Civil Veterinary Dept. North-West Frontier Province 1901-22 - 1901-1922
Year: 1901
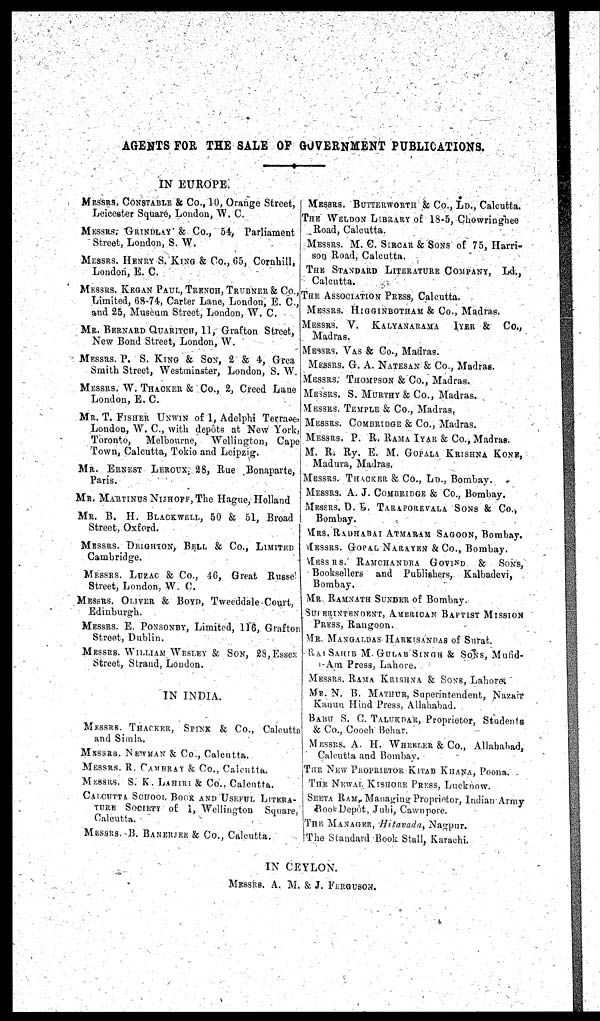
AGENTS FOR THE SALE OP GOVERNMENT PUBLICATIONS.
IN EUROPE.
MESSRS. CONSTABLE & Co., 10, Orange Street,
Leicester Square, London, W. C.
MESSRS. GRINDLAY & Co., 54,
Parliament
Street, London, S. W.
MESSRS. HENRY S. KING & Co., 65, Cornhill,
London, E. C.
MESSRS. KEGAN PAUL, TRENCH, TRUBNER & Co.,
Limited, 68-74, Carter Lane, London, E. C.,
and 25, Museum Street, London, W. C.
MR. BERNARD QUARITCH, 11, Grafton Street,
New Bond Street, London, W.
MESSRS. P. S. KING & SON, 2 & 4, Grea
Smith Street, Westminster, London, S. W.
MESSRS. W. THAOKER & Co., 2, Creed Lane
London, E. C.
MR. T. FISHER UNWIN of 1, Adelphi Terrace,
London, W. C, with depots at New York,
Toronto,
Melbourne,
Wellington, Cape
Town, Calcutta, Tokio and Leipzig.
MR.
ERNEST LEROUX, 28, Rue
Bonaparte,
Paris.
MR. MARTINUS NIJHOFF, The Hague, Holland
MR. B. H. BLACKWELL, 50 & 51, Broad
Street, Oxford.
MESSRS. DEIGHTON, BELL & Co., LIMITED
Cambridge.
MESSRS. LUZAC & Co., 46, Great
Russe
Street, London, W. C.
MESSRS. OLIVER & BOYD, Tweeddale Court,
Edinburgh.
MESSRS. E. PONSONBY, Limited, 116, Grafton
Street, Dublin.
MESSRS. WILLIAM WESLEY & SON, 28, Essex
Street, Strand, London.
IN INDIA.
MESSRS. THACKER, SPINK & Co., Calcutta
and Simla.
MESSRS.
NEWMAN & Co., Calcutta.
MESSRS. R. CAMBRAY & Co., Calcutta.
MESSRS.
S. K. LAHIRI & Co., Calcutta,
CALCUTTA SCHOOL BOOK AND USEFUL LITERA-
TURE SOCIETY of 1, Wellington
Square
Calcutta.
MESSRS. B. BANERJEE & Co., Calcutta.
MESSRS. BUTTERWORTH & Co., LD., Calcutta.
THE WELDON LIBRARY of 18-5, Chowringhee
Road, Calcutta.
MESSRS. M. C. SIRCAR & SONS of 75, Harri-
son Road, Calcutta.
THE STANDARD LITERATURE COMPANY,
Ld.,
Calcutta.
TEE ASSOCIATION PRESS, Calcutta.
MESSRS. HIGGINBOTHAM & Co., Madras.
MESSRS. V.
KALYANARAMA
IYER &
Co.,
Madras.
MESSRS. VAS & Co., Madras.
MESSRS. G. A. NATESAN & Co., Madras.
MESSRS. THOMPSON & Co., Madras.
MESSRS. S. MURTHY & Co., Madras.
MESSRS. TEMPLE & Co., Madras.
MESSRS. COMBRIDGE & Co., Madras.
MESSRS. P. R. RAMA IYAR & Co., Madras.
M. R. Ry. E. M. GOPALA KRISHNA KONE,
Madura, Madras.
MESSRS. THACKER & Co., LD., Bombay.
MESSRS. A. J. COMBRIDGE & Co., Bombay.
MESSRS. D. E. TARAPOREVALA SONS & Co.,
Bombay.
MRS. RADHABAI ATMARAM SAGOON, Bombay.
MESSRS. GOPAL NARAYEN & CO., Bombay.
MESSRS. RAMCHANDRA GOVIND
&
SONS,
Booksellers and Publishers, Kalbadevi,
Bombay.
MR. RAMNATH SUNDER of Bombay.
SUPERINTENDENT, AMERICAN BAPTIST MISSION
PRESS, Rangoon.
MR. MANGALDAS HARKLSANDAS of Surat.
RAI SAHIB M. GULAB SINGH & SONS, Mufid-
i-Am Press, Lahore.
I MESSRS. RAMA KRISHNA & SONS, Lahore.
MR. N. B. MATHUR, Superintendent, Nazair
Kanun Hind Press, Allahabad.
BABU S. C. TALUKDAR, Proprietor, Students
& Co., Cooch Behar.
MESSRS. A. H. WHEELER & Co., Allahabad,
Calcutta and Bombay.
THE New PROPRIETOR KITAB KHANA, Poona.
THE NEWAL KISHORE PRESS, Lucknow.
SEETA RAM, Managing proprietor, Indian Army
Book Depot, Jubi, Cawnpore.
THE MANAGER, Hitavada, Nagpur.
The Standard Book Stall, Karachi.
IN CEYLON.
MESSRS. A. M. & J. FERGUSON.